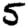
Digit: 5